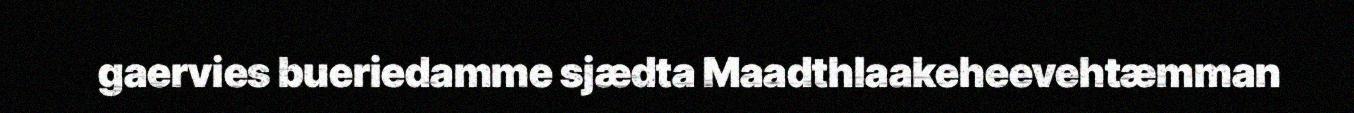
gaervies bueriedamme sjædta Maadthlaakeheevehtæmman